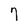
Character: 7